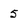
Character: 5